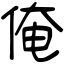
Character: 俺